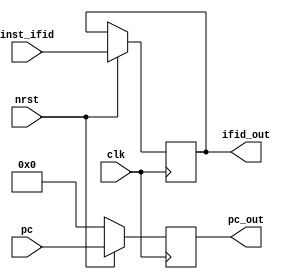
`timescale 1ns / 1ps

//----Defined Constants----

//----ALUOp----
`define AddALU     3'b000
`define SubALU     3'b001
`define AndALU     3'b010
`define OrALU      3'b011
`define XorALU     3'b100
`define SLTALU     3'b101
`define AddiALU    3'b110 //Add vs ADDI**






//----Load from mem----
`define LD              3'b011
`define LW              3'b010
`define LWU             3'b110
`define LH              3'b001
`define LHU             3'b101
//----Store to mem----
`define SD              3'b011
`define SW              3'b010
`define SH              3'b001




//----Funct3----
//||Arithmetic||
`define Addf3             3'b000
`define Andf3             3'b111
`define Orf3              3'b110
`define Xorf3             3'b100
`define SLTf3             3'b010

//||Conditional Jump||
`define BNEf3             3'b001


//----Funct7----
//||Arithmetic||
`define Subf7            7'b0100000



//----Opcode----
`define ARITHopcode           7'b0110011
`define ADDIopcode            7'b0010011 
`define COND_BRAopcode        7'b1100011
`define JALopcode             7'b1101111
`define JALRopcode            7'b1100111
`define LOADopcode            7'b0000011
`define STOREopcode           7'b0100011

module ifid_stagereg(
    clk, nrst,
    inst_ifid, pc,
    ifid_out, pc_out 
     

    );
    
    input clk, nrst;

    input [31:0] pc;
    output reg [31:0] pc_out;

    input [31:0] inst_ifid;
    output reg [31:0] ifid_out;

    always@(posedge clk) begin
        if (!nrst)
        pc_out <= 32'd0;
         else begin
         pc_out <= pc;
         ifid_out <= inst_ifid;
    end
end
endmodule